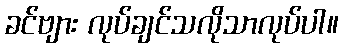
ခင်ဗျား လုပ်ချင်သလိုသာလုပ်ပါ။